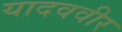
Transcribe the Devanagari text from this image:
यादववीर